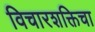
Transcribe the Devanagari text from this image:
विचारशक्तिचा